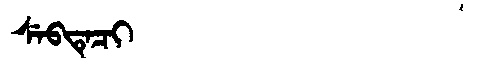
Manchu: ᠰᡝᠪᡨᡝᠴᡳ
Romanization: SEBTECI